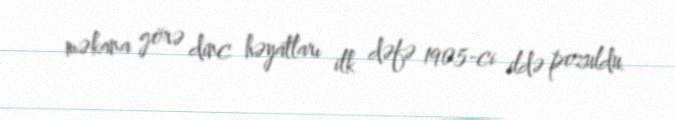
məkana görə dinc həyatları ilk dəfə 1905-ci ildə pozuldu.